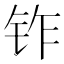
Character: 𬬽